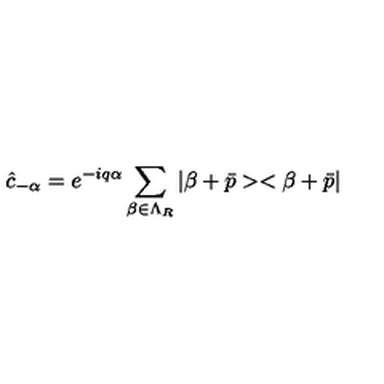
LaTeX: \hat { c } _ { - \alpha } = e ^ { - i q \alpha } \sum _ { \beta \in \Lambda _ { R } } | \beta + \bar { p } > < \beta + \bar { p } |